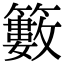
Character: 籔